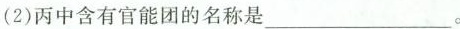
(2)丙中含有官能团的名称是___。